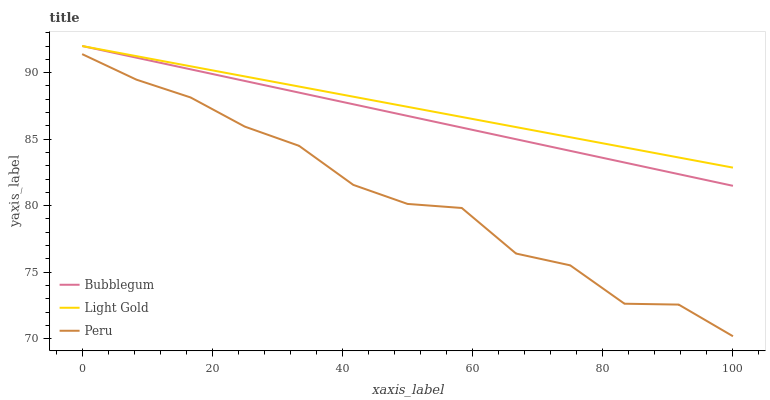
| xaxis_label | Bubblegum | Light Gold | Peru |
 | --- | --- | --- | --- |
 | 0 | 92 | 92 | 91.4 |
 | 8.33 | 91.1 | 91.2 | 89.5 |
 | 16.7 | 90.2 | 90.5 | 88.1 |
 | 25 | 89.4 | 89.7 | 85.9 |
 | 33.3 | 88.5 | 89 | 84.5 |
 | 41.7 | 87.6 | 88.2 | 81.6 |
 | 50 | 86.7 | 87.4 | 80.1 |
 | 58.3 | 85.9 | 86.7 | 79.8 |
 | 66.7 | 85 | 85.9 | 76.4 |
 | 75 | 84.1 | 85.1 | 75.5 |
 | 83.3 | 83.2 | 84.4 | 72.6 |
 | 91.7 | 82.4 | 83.6 | 72.6 |
 | 100 | 81.5 | 82.9 | 70.2 |